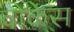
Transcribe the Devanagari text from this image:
वोकेस